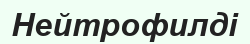
Нейтрофилді